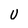
Character: U